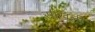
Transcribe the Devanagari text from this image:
साखली